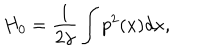
H _ { 0 } = \frac { 1 } { 2 \gamma } \int p ^ { 2 } ( x ) d x ,